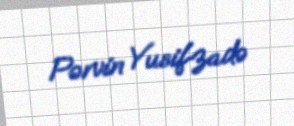
Pərvin Yusifzadə